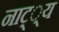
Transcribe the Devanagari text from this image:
नाट््य